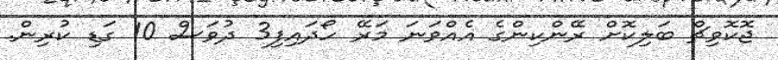
ޖޮކޮވިޗް ބަލިކޮށް ރޭންކިންގެ އެއްވަނަ މަރޭ ހޯދައިފި3 ދުވަސް 10 ގަޑި ކުރިން.